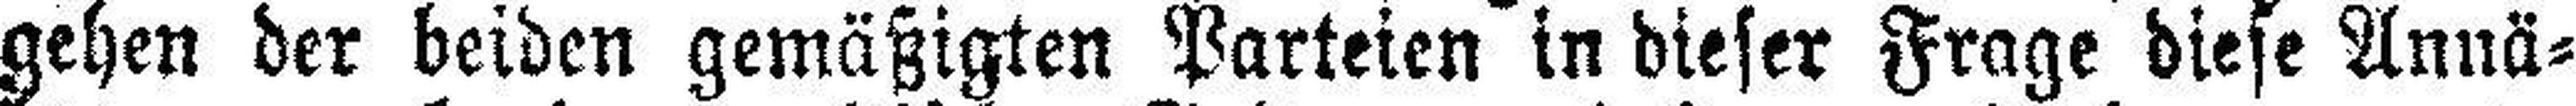
gehen der beiden gemäßigten Parteien in dieser Frage diese Annä¬